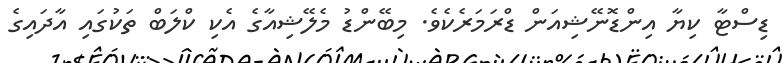
ޑިސްޓާ ކިޔާ އިންޑޮނޭޝިއަން ޑްރަމަރެކެވެ. މިބޭންޑު މެލޭޝިއާގެ އެކި ކްލަބް ތަކުގައި އާދައިގެ